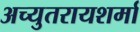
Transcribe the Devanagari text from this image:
अच्युतरायशर्मा